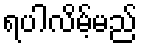
ရပါလိမ့်မည်